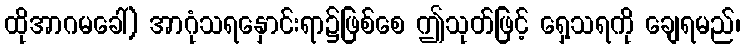
ထိုအာဂမခေါ်) အာဂုံသရနှောင်းရာ၌ဖြစ်စေ ဤသုတ်ဖြင့် ရှေ့သရကို ချေရမည်၊